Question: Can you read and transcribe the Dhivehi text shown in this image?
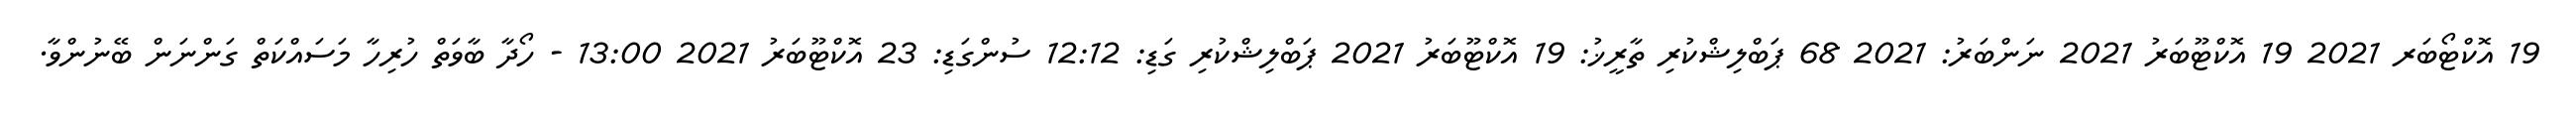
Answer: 19 އޮކްޓޯބަރ 2021 19 އޮކްޓޫބަރު 2021 ނަންބަރު: 2021 68 ޕަބްލިޝްކުރި ތާރީޚު: 19 އޮކްޓޫބަރު 2021 ޕަބްލިޝްކުރި ގަޑި: 12:12 ސުންގަޑި: 23 އޮކްޓޫބަރު 2021 13:00 - ހޯދާ ބާވަތް ހުރިހާ މަސައްކަތް ގަންނަން ބޭނުންވާ.